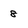
Character: 8